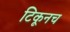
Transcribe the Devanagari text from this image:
टिकूनच